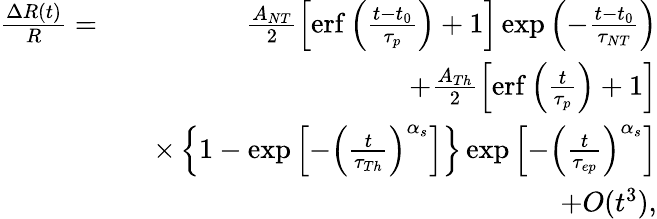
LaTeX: \begin{array}{rlr}{\frac{\Delta R(t)}{R}=}&{}&{\frac{A_{NT}}{2}\left[\mathrm{erf}\left(\frac{t-t_{0}}{\tau_{p}}\right)+1\right]\exp\left(-\frac{t-t_{0}}{\tau_{NT}}\right)}\\ &{}&{+\frac{A_{Th}}{2}\left[\mathrm{erf}\left(\frac{t}{\tau_{p}}\right)+1\right]}\\ &{}&{\times\left\{ 1-\exp\left[-\left(\frac{t}{\tau_{Th}}\right)^{\alpha_{s}}\right]\right\} \exp\left[-\left(\frac{t}{\tau_{ep}}\right)^{\alpha_{s}}\right]}\\ &{}&{+O(t^{3}),}\end{array}